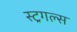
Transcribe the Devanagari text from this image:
स्ट्रगल्स